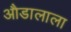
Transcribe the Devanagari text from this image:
औडालाला